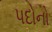
પદોનો